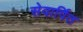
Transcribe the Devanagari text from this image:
सेवार्पित